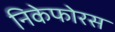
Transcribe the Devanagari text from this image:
निकेफोरस